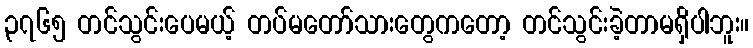
၃၇၆၅ တင်သွင်းပေမယ့် တပ်မတော်သားတွေကတော့ တင်သွင်းခဲ့တာမရှိပါဘူး။